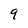
Character: 9